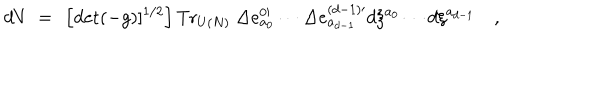
LaTeX: d V ~ = ~ \left[ \mathrm { d e t } ( - g ) ] ^ { 1 / 2 } \right] \mathrm { T r } _ { U ( N ) } ~ \Delta e _ { a _ { 0 } } ^ { 0 \prime } \cdots \Delta e _ { a _ { d - 1 } } ^ { ( d - 1 ) \prime } d \xi ^ { a _ { 0 } } \cdots d \xi ^ { a _ { d - 1 } } \quad ,